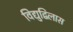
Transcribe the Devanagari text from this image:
विद्युद्विलास